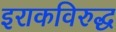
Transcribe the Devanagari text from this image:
इराकविरुद्ध